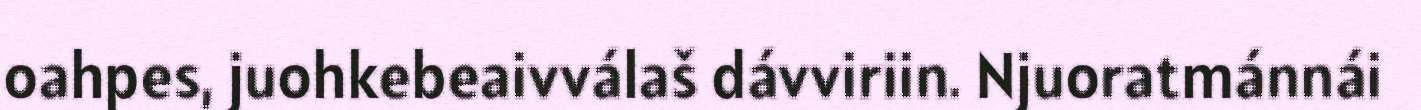
oahpes, juohkebeaivválaš dávviriin. Njuoratmánnái